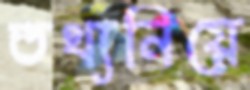
তথ্যনিয়ে